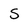
Character: S